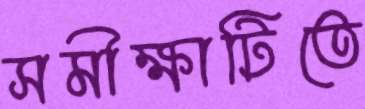
সমীক্ষাটিতে